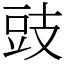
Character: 豉